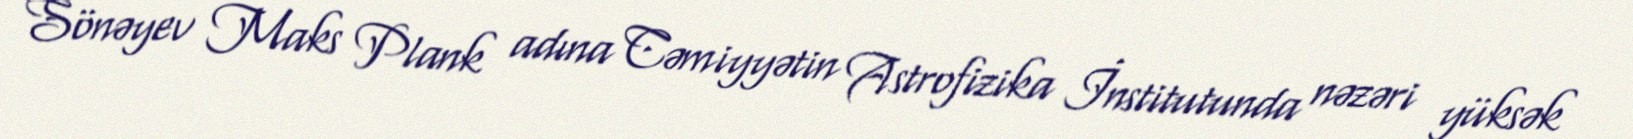
Sönəyev Maks Plank adına Cəmiyyətin Astrofizika İnstitutunda nəzəri yüksək